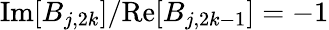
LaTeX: \textnormal{Im}[B_{j,2k}]/\textnormal{Re}[B_{j,2k-1}]=-1